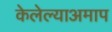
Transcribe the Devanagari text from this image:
केलेल्याअमाप